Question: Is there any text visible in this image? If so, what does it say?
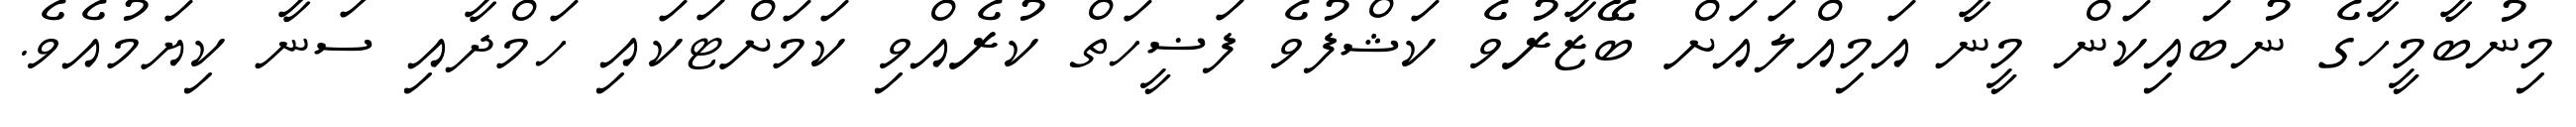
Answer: މިނުބާމީހާގެ ނުބައިކަން މީނާ އަމިއްލައަށް ބޭޒާރުވެ ކަޝްފުވެ ފަޟީހަތް ކުރެއްވި ކަމަށްޓަކައި ހަމްދާއި ސަނާ ކިޔަމުއެވެ.